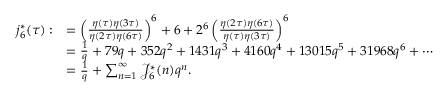
\begin{array} { r l } { j _ { 6 } ^ { * } ( \tau ) : } & { = \left( \frac { \eta ( \tau ) \eta ( 3 \tau ) } { \eta ( 2 \tau ) \eta ( 6 \tau ) } \right) ^ { 6 } + 6 + 2 ^ { 6 } \left( \frac { \eta ( 2 \tau ) \eta ( 6 \tau ) } { \eta ( \tau ) \eta ( 3 \tau ) } \right) ^ { 6 } } \\ & { = \frac { 1 } { q } + 7 9 q + 3 5 2 q ^ { 2 } + 1 4 3 1 q ^ { 3 } + 4 1 6 0 q ^ { 4 } + 1 3 0 1 5 q ^ { 5 } + 3 1 9 6 8 q ^ { 6 } + \cdots } \\ & { = \frac { 1 } { q } + \sum _ { n = 1 } ^ { \infty } \mathcal { J } _ { 6 } ^ { * } ( n ) q ^ { n } . } \end{array}